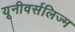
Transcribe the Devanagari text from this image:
यूनीवर्सलिज्म